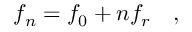
f _ { n } = f _ { 0 } + n f _ { r } \quad ,